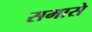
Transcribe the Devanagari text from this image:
समासे